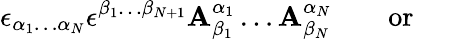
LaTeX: \epsilon_{\alpha_{1}\ldots\alpha_{N}}\epsilon^{\beta_{1}\ldots\beta_{N+1}}\mathbf{A}_{\beta_{1}}^{\alpha_{1}}\ldots\mathbf{A}_{\beta_{N}}^{\alpha_{N}}\qquad\mathrm{{or}}\qquad